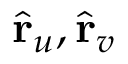
\hat { \mathbf { r } } _ { u } , \hat { \mathbf { r } } _ { v }